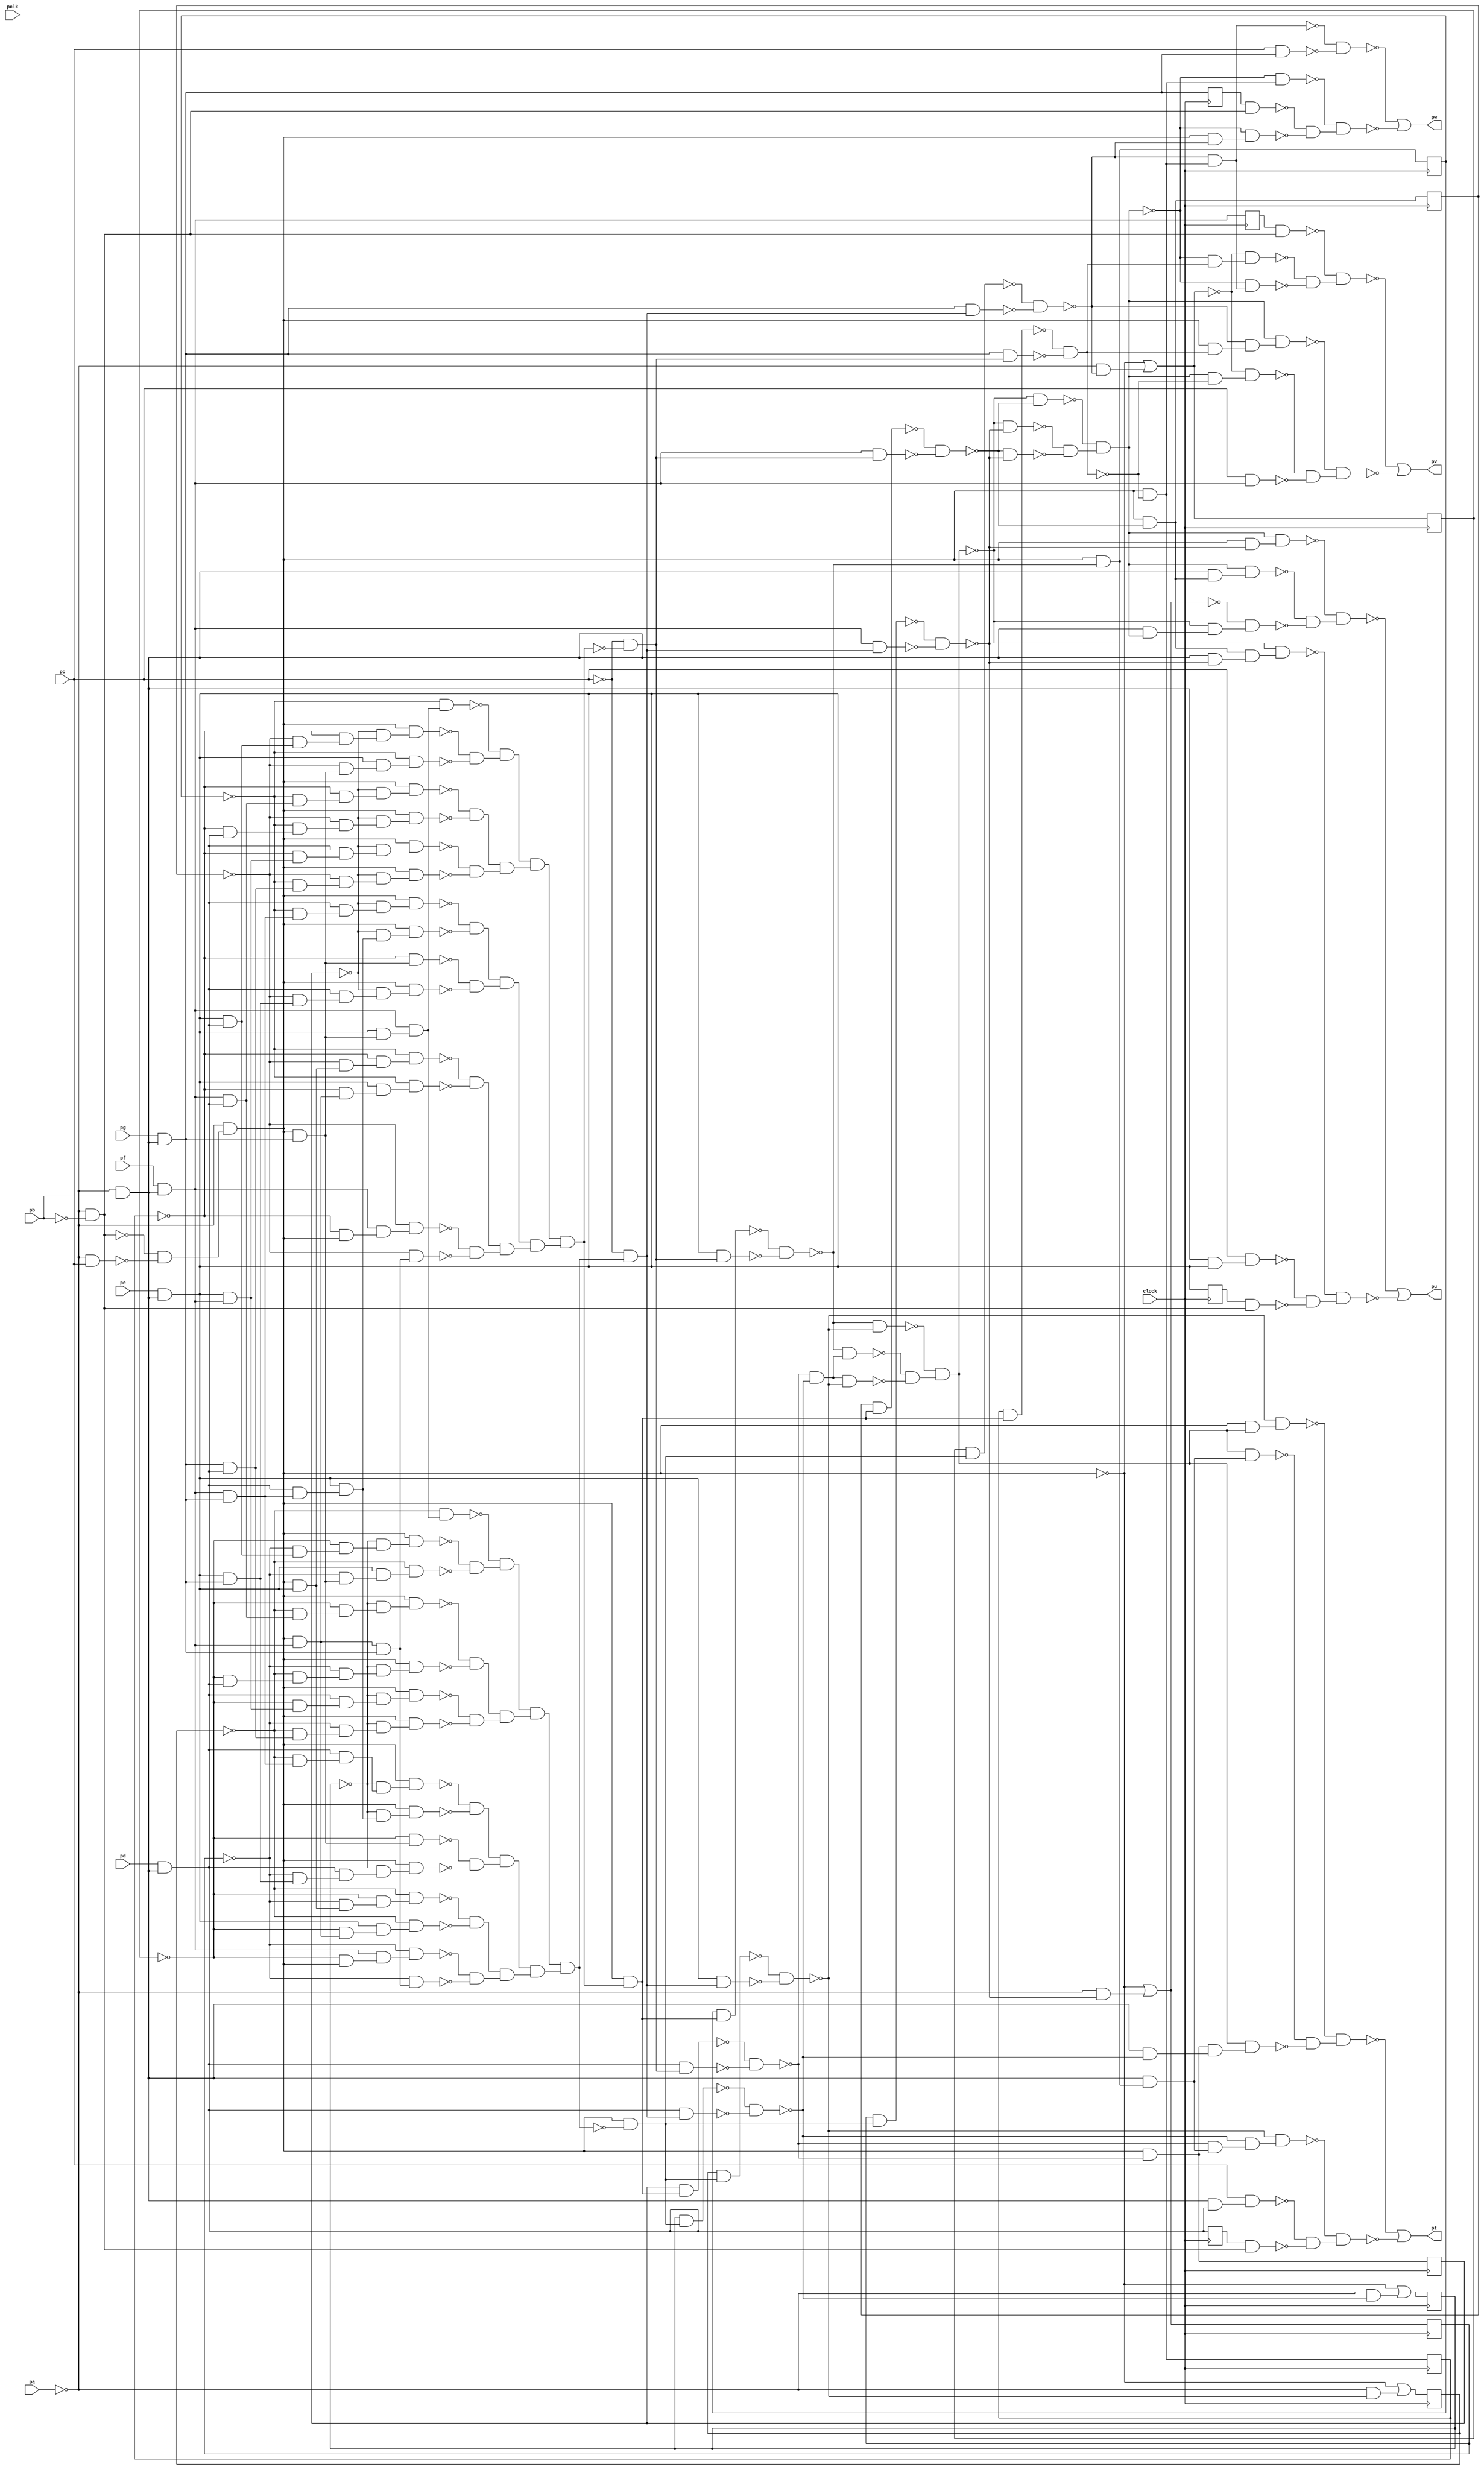
module top ( clock, 
    pa, pclk, pb, pc, pd, pe, pf, pg,
    pt, pu, pv, pw  );
  input  clock;
  input  pa, pclk, pb, pc, pd, pe, pf, pg;
  output pt, pu, pv, pw;
  reg nq, nm, nn, no, np, ni, nj, nk, nl, nh, nr, ns;
  wire new_n49_, new_n50_, new_n51_1_, new_n52_, new_n53_, new_n55_,
    new_n56_1_, new_n57_, new_n58_, new_n60_, new_n61_1_, new_n62_,
    new_n63_, new_n64_, new_n65_, new_n66_1_, new_n68_, new_n69_, new_n70_,
    new_n71_1_, new_n73_, new_n74_, new_n75_, new_n76_1_, new_n77_,
    new_n78_, new_n79_, new_n80_, new_n81_1_, new_n82_, new_n83_, new_n84_,
    new_n85_, new_n86_, new_n87_, new_n88_, new_n89_, new_n90_, new_n91_,
    new_n92_, new_n93_, new_n94_, new_n95_, new_n96_, new_n97_, new_n98_,
    new_n99_, new_n100_, new_n101_, new_n102_, new_n103_, new_n104_,
    new_n105_, new_n106_, new_n107_, new_n108_, new_n109_, new_n110_,
    new_n111_, new_n112_, new_n113_, new_n114_, new_n115_, new_n116_,
    new_n117_, new_n118_, new_n119_, new_n120_, new_n121_, new_n122_,
    new_n123_, new_n124_, new_n125_, new_n126_, new_n127_, new_n128_,
    new_n129_, new_n130_, new_n131_, new_n132_, new_n133_, new_n134_,
    new_n135_, new_n136_, new_n138_, new_n139_, new_n140_, new_n141_,
    new_n142_, new_n143_, new_n144_, new_n145_, new_n146_, new_n147_,
    new_n148_, new_n149_, new_n150_, new_n151_, new_n152_, new_n153_,
    new_n154_, new_n155_, new_n156_, new_n157_, new_n158_, new_n159_,
    new_n160_, new_n161_, new_n162_, new_n163_, new_n164_, new_n165_,
    new_n166_, new_n167_, new_n168_, new_n169_, new_n170_, new_n171_,
    new_n172_, new_n173_, new_n174_, new_n175_, new_n176_, new_n177_,
    new_n178_, new_n179_, new_n180_, new_n181_, new_n182_, new_n183_,
    new_n184_, new_n185_, new_n186_, new_n187_, new_n188_, new_n189_,
    new_n190_, new_n191_, new_n192_, new_n193_, new_n194_, new_n195_,
    new_n196_, new_n197_, new_n198_, new_n199_, new_n200_, new_n201_,
    new_n202_, new_n203_, new_n204_, new_n205_, new_n206_, new_n207_,
    new_n208_, new_n209_, new_n210_, new_n211_, new_n212_, new_n213_,
    new_n214_, new_n215_, new_n216_, new_n218_, new_n219_, new_n220_,
    new_n221_, new_n222_, new_n223_, new_n224_, new_n225_, new_n226_,
    new_n227_, new_n228_, new_n229_, new_n230_, new_n231_, new_n232_,
    new_n234_, new_n235_, new_n236_, new_n238_, new_n239_, new_n240_,
    new_n241_, new_n242_, new_n243_, new_n244_, new_n245_, new_n246_,
    new_n247_, new_n248_, new_n250_, new_n251_, new_n252_, new_n253_,
    new_n254_, new_n255_, new_n256_, new_n257_, new_n258_, new_n259_,
    new_n260_, new_n261_, new_n262_, new_n263_, new_n264_, new_n266_,
    new_n267_, new_n268_, new_n269_, new_n270_, new_n271_, new_n272_,
    new_n274_, new_n275_, new_n277_, new_n278_, new_n279_, new_n280_,
    new_n281_, new_n282_, new_n283_, new_n284_, new_n285_, new_n286_,
    new_n287_, new_n288_, new_n289_, new_n291_, new_n292_, new_n293_,
    new_n294_, new_n295_, new_n296_, new_n297_, new_n298_, new_n300_,
    new_n302_, n26, n31, n36, n41, n46, n51, n56, n61, n66, n71, n76, n81;
  assign new_n49_ = ~pa & ~pb;
  assign new_n50_ = ~pa & pc;
  assign new_n51_1_ = ~new_n49_ & ~new_n50_;
  assign new_n52_ = ~pa & new_n51_1_;
  assign new_n53_ = ~pa & pb;
  assign n51 = pe & new_n53_;
  assign new_n55_ = new_n52_ & n51;
  assign new_n56_1_ = ~nr & new_n55_;
  assign new_n57_ = ~ns & new_n56_1_;
  assign new_n58_ = ~nq & new_n57_;
  assign n56 = pf & new_n53_;
  assign new_n60_ = new_n52_ & n56;
  assign new_n61_1_ = ~ns & new_n60_;
  assign new_n62_ = n51 & new_n61_1_;
  assign new_n63_ = ~nq & new_n62_;
  assign new_n64_ = ~ns & new_n52_;
  assign new_n65_ = n56 & new_n64_;
  assign new_n66_1_ = ~nr & new_n65_;
  assign n61 = pg & new_n53_;
  assign new_n68_ = new_n60_ & n61;
  assign new_n69_ = ~nr & new_n68_;
  assign new_n70_ = new_n52_ & n61;
  assign new_n71_1_ = ~ns & new_n70_;
  assign n71 = pd & new_n53_;
  assign new_n73_ = n51 & n61;
  assign new_n74_ = ~nr & new_n73_;
  assign new_n75_ = n71 & new_n74_;
  assign new_n76_1_ = ~np & new_n75_;
  assign new_n77_ = new_n52_ & new_n76_1_;
  assign new_n78_ = n56 & n61;
  assign new_n79_ = ~nq & new_n78_;
  assign new_n80_ = n71 & new_n79_;
  assign new_n81_1_ = ~np & new_n80_;
  assign new_n82_ = new_n52_ & new_n81_1_;
  assign new_n83_ = n71 & new_n78_;
  assign new_n84_ = n51 & new_n83_;
  assign new_n85_ = ~np & new_n84_;
  assign new_n86_ = new_n52_ & new_n85_;
  assign new_n87_ = n51 & n56;
  assign new_n88_ = ~ns & new_n87_;
  assign new_n89_ = n71 & new_n88_;
  assign new_n90_ = ~np & new_n89_;
  assign new_n91_ = new_n52_ & new_n90_;
  assign new_n92_ = n61 & n71;
  assign new_n93_ = ~nq & new_n92_;
  assign new_n94_ = ~nr & new_n93_;
  assign new_n95_ = ~np & new_n94_;
  assign new_n96_ = new_n52_ & new_n95_;
  assign new_n97_ = n56 & n71;
  assign new_n98_ = ~nq & new_n97_;
  assign new_n99_ = ~ns & new_n98_;
  assign new_n100_ = ~np & new_n99_;
  assign new_n101_ = new_n52_ & new_n100_;
  assign new_n102_ = ~ns & n71;
  assign new_n103_ = ~nq & new_n102_;
  assign new_n104_ = ~nr & new_n103_;
  assign new_n105_ = ~np & new_n104_;
  assign new_n106_ = new_n52_ & new_n105_;
  assign new_n107_ = n51 & n71;
  assign new_n108_ = ~nr & new_n107_;
  assign new_n109_ = ~ns & new_n108_;
  assign new_n110_ = ~np & new_n109_;
  assign new_n111_ = new_n52_ & new_n110_;
  assign new_n112_ = ~nr & new_n70_;
  assign new_n113_ = n51 & new_n112_;
  assign new_n114_ = ~nq & new_n113_;
  assign new_n115_ = n51 & new_n70_;
  assign new_n116_ = n56 & new_n115_;
  assign new_n117_ = ~nq & new_n116_;
  assign new_n118_ = ~new_n111_ & ~new_n114_;
  assign new_n119_ = ~new_n117_ & new_n118_;
  assign new_n120_ = ~new_n101_ & ~new_n106_;
  assign new_n121_ = ~new_n91_ & ~new_n96_;
  assign new_n122_ = new_n120_ & new_n121_;
  assign new_n123_ = new_n119_ & new_n122_;
  assign new_n124_ = ~new_n82_ & ~new_n86_;
  assign new_n125_ = ~new_n71_1_ & ~new_n77_;
  assign new_n126_ = new_n124_ & new_n125_;
  assign new_n127_ = ~new_n58_ & ~new_n63_;
  assign new_n128_ = ~new_n66_1_ & ~new_n69_;
  assign new_n129_ = new_n127_ & new_n128_;
  assign new_n130_ = new_n126_ & new_n129_;
  assign new_n131_ = new_n123_ & new_n130_;
  assign new_n132_ = new_n52_ & new_n131_;
  assign new_n133_ = nq & new_n132_;
  assign new_n134_ = ~pc & ~new_n131_;
  assign new_n135_ = n51 & new_n134_;
  assign new_n136_ = ~new_n133_ & ~new_n135_;
  assign n26 = new_n52_ & ~new_n136_;
  assign new_n138_ = np & new_n132_;
  assign new_n139_ = n71 & new_n134_;
  assign new_n140_ = ~new_n138_ & ~new_n139_;
  assign new_n141_ = ~nn & new_n55_;
  assign new_n142_ = ~no & new_n141_;
  assign new_n143_ = ~nm & new_n142_;
  assign new_n144_ = ~no & new_n60_;
  assign new_n145_ = n51 & new_n144_;
  assign new_n146_ = ~nm & new_n145_;
  assign new_n147_ = ~no & new_n52_;
  assign new_n148_ = n56 & new_n147_;
  assign new_n149_ = ~nn & new_n148_;
  assign new_n150_ = ~nn & new_n68_;
  assign new_n151_ = ~no & new_n70_;
  assign new_n152_ = ~nn & new_n73_;
  assign new_n153_ = n71 & new_n152_;
  assign new_n154_ = ~nl & new_n153_;
  assign new_n155_ = new_n52_ & new_n154_;
  assign new_n156_ = ~nm & new_n78_;
  assign new_n157_ = n71 & new_n156_;
  assign new_n158_ = ~nl & new_n157_;
  assign new_n159_ = new_n52_ & new_n158_;
  assign new_n160_ = ~nl & new_n84_;
  assign new_n161_ = new_n52_ & new_n160_;
  assign new_n162_ = ~no & new_n87_;
  assign new_n163_ = n71 & new_n162_;
  assign new_n164_ = ~nl & new_n163_;
  assign new_n165_ = new_n52_ & new_n164_;
  assign new_n166_ = ~nm & new_n92_;
  assign new_n167_ = ~nn & new_n166_;
  assign new_n168_ = ~nl & new_n167_;
  assign new_n169_ = new_n52_ & new_n168_;
  assign new_n170_ = ~nm & new_n97_;
  assign new_n171_ = ~no & new_n170_;
  assign new_n172_ = ~nl & new_n171_;
  assign new_n173_ = new_n52_ & new_n172_;
  assign new_n174_ = ~no & n71;
  assign new_n175_ = ~nm & new_n174_;
  assign new_n176_ = ~nn & new_n175_;
  assign new_n177_ = ~nl & new_n176_;
  assign new_n178_ = new_n52_ & new_n177_;
  assign new_n179_ = ~nn & new_n107_;
  assign new_n180_ = ~no & new_n179_;
  assign new_n181_ = ~nl & new_n180_;
  assign new_n182_ = new_n52_ & new_n181_;
  assign new_n183_ = ~nn & new_n70_;
  assign new_n184_ = n51 & new_n183_;
  assign new_n185_ = ~nm & new_n184_;
  assign new_n186_ = ~nm & new_n116_;
  assign new_n187_ = ~new_n182_ & ~new_n185_;
  assign new_n188_ = ~new_n186_ & new_n187_;
  assign new_n189_ = ~new_n173_ & ~new_n178_;
  assign new_n190_ = ~new_n165_ & ~new_n169_;
  assign new_n191_ = new_n189_ & new_n190_;
  assign new_n192_ = new_n188_ & new_n191_;
  assign new_n193_ = ~new_n159_ & ~new_n161_;
  assign new_n194_ = ~new_n151_ & ~new_n155_;
  assign new_n195_ = new_n193_ & new_n194_;
  assign new_n196_ = ~new_n143_ & ~new_n146_;
  assign new_n197_ = ~new_n149_ & ~new_n150_;
  assign new_n198_ = new_n196_ & new_n197_;
  assign new_n199_ = new_n195_ & new_n198_;
  assign new_n200_ = new_n192_ & new_n199_;
  assign new_n201_ = new_n52_ & ~new_n200_;
  assign new_n202_ = nl & new_n201_;
  assign new_n203_ = ~pc & new_n200_;
  assign new_n204_ = n71 & new_n203_;
  assign new_n205_ = ~new_n202_ & ~new_n204_;
  assign new_n206_ = ~new_n140_ & ~new_n205_;
  assign new_n207_ = ~new_n136_ & new_n206_;
  assign new_n208_ = nm & new_n201_;
  assign new_n209_ = n51 & new_n203_;
  assign new_n210_ = ~new_n208_ & ~new_n209_;
  assign new_n211_ = new_n206_ & ~new_n210_;
  assign new_n212_ = ~new_n136_ & ~new_n210_;
  assign new_n213_ = ~new_n207_ & ~new_n211_;
  assign new_n214_ = ~new_n212_ & new_n213_;
  assign new_n215_ = new_n53_ & n26;
  assign new_n216_ = new_n214_ & new_n215_;
  assign n46 = new_n52_ & ~new_n140_;
  assign new_n218_ = new_n53_ & ~new_n205_;
  assign new_n219_ = n46 & new_n218_;
  assign new_n220_ = new_n214_ & new_n219_;
  assign new_n221_ = new_n52_ & new_n214_;
  assign new_n222_ = ~new_n210_ & new_n221_;
  assign new_n223_ = new_n53_ & n71;
  assign new_n224_ = pc & new_n223_;
  assign new_n225_ = nh & new_n49_;
  assign new_n226_ = ~new_n140_ & new_n215_;
  assign new_n227_ = ~new_n205_ & new_n226_;
  assign new_n228_ = ~new_n210_ & new_n227_;
  assign new_n229_ = ~new_n216_ & ~new_n220_;
  assign new_n230_ = ~new_n222_ & new_n229_;
  assign new_n231_ = ~new_n224_ & ~new_n225_;
  assign new_n232_ = ~new_n228_ & new_n231_;
  assign pt = ~new_n230_ | ~new_n232_;
  assign new_n234_ = nr & new_n132_;
  assign new_n235_ = n56 & new_n134_;
  assign new_n236_ = ~new_n234_ & ~new_n235_;
  assign n76 = new_n52_ & ~new_n236_;
  assign new_n238_ = nn & new_n201_;
  assign new_n239_ = n56 & new_n203_;
  assign new_n240_ = ~new_n238_ & ~new_n239_;
  assign new_n241_ = ~new_n214_ & ~new_n240_;
  assign new_n242_ = ~new_n236_ & ~new_n240_;
  assign new_n243_ = ~new_n214_ & ~new_n236_;
  assign new_n244_ = ~new_n241_ & ~new_n242_;
  assign new_n245_ = ~new_n243_ & new_n244_;
  assign new_n246_ = new_n53_ & n76;
  assign new_n247_ = new_n245_ & new_n246_;
  assign new_n248_ = ~pa & ~new_n240_;
  assign n36 = ~new_n52_ | new_n248_;
  assign new_n250_ = new_n53_ & new_n245_;
  assign new_n251_ = ~new_n214_ & new_n250_;
  assign new_n252_ = ~n36 & new_n251_;
  assign new_n253_ = new_n52_ & ~new_n240_;
  assign new_n254_ = new_n245_ & new_n253_;
  assign new_n255_ = new_n53_ & n51;
  assign new_n256_ = pc & new_n255_;
  assign new_n257_ = ni & new_n49_;
  assign new_n258_ = new_n53_ & ~new_n240_;
  assign new_n259_ = n76 & new_n258_;
  assign new_n260_ = ~new_n214_ & new_n259_;
  assign new_n261_ = ~new_n247_ & ~new_n252_;
  assign new_n262_ = ~new_n254_ & new_n261_;
  assign new_n263_ = ~new_n256_ & ~new_n257_;
  assign new_n264_ = ~new_n260_ & new_n263_;
  assign pu = ~new_n262_ | ~new_n264_;
  assign new_n266_ = ns & new_n132_;
  assign new_n267_ = n61 & new_n134_;
  assign new_n268_ = ~new_n266_ & ~new_n267_;
  assign new_n269_ = no & new_n201_;
  assign new_n270_ = n61 & new_n203_;
  assign new_n271_ = ~new_n269_ & ~new_n270_;
  assign new_n272_ = ~pa & ~new_n271_;
  assign n41 = ~new_n52_ | new_n272_;
  assign new_n274_ = ~new_n245_ & new_n268_;
  assign new_n275_ = ~n41 & new_n274_;
  assign n81 = new_n52_ & ~new_n268_;
  assign new_n277_ = ~new_n271_ & n81;
  assign new_n278_ = ~new_n245_ & new_n277_;
  assign new_n279_ = nj & new_n49_;
  assign new_n280_ = new_n245_ & ~new_n268_;
  assign new_n281_ = ~n41 & new_n280_;
  assign new_n282_ = pc & n56;
  assign new_n283_ = new_n52_ & new_n268_;
  assign new_n284_ = ~new_n271_ & new_n283_;
  assign new_n285_ = new_n245_ & new_n284_;
  assign new_n286_ = ~new_n275_ & ~new_n278_;
  assign new_n287_ = ~new_n279_ & new_n286_;
  assign new_n288_ = ~new_n281_ & ~new_n282_;
  assign new_n289_ = ~new_n285_ & new_n288_;
  assign pv = ~new_n287_ | ~new_n289_;
  assign new_n291_ = nk & new_n49_;
  assign new_n292_ = new_n52_ & ~new_n271_;
  assign new_n293_ = ~new_n245_ & new_n292_;
  assign new_n294_ = ~new_n245_ & n81;
  assign new_n295_ = pc & n61;
  assign new_n296_ = ~new_n277_ & ~new_n295_;
  assign new_n297_ = ~new_n291_ & ~new_n293_;
  assign new_n298_ = ~new_n294_ & new_n297_;
  assign pw = ~new_n296_ | ~new_n298_;
  assign new_n300_ = ~pa & ~new_n210_;
  assign n31 = ~new_n52_ | new_n300_;
  assign new_n302_ = ~pa & ~new_n205_;
  assign n66 = ~new_n52_ | new_n302_;
  always @ (posedge clock) begin
    nq <= n26;
    nm <= n31;
    nn <= n36;
    no <= n41;
    np <= n46;
    ni <= n51;
    nj <= n56;
    nk <= n61;
    nl <= n66;
    nh <= n71;
    nr <= n76;
    ns <= n81;
  end
endmodule